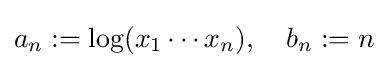
a_{n}:=\log(x_{1}\cdots x_{n}),\quad b_{n}:=n